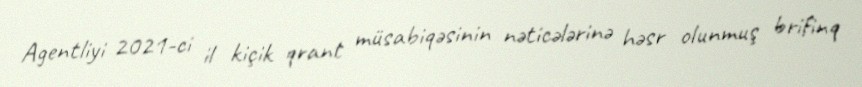
Agentliyi 2021-ci il kiçik qrant müsabiqəsinin nəticələrinə həsr olunmuş brifinq